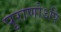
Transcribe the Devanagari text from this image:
पुराणोऽपि